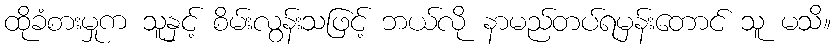
ထိုခံစားမှုက သူနှင့် စိမ်းလွန်းသဖြင့် ဘယ်လို နာမည်တပ်ရမှန်းတောင် သူ မသိ။